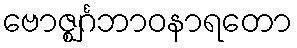
ဗောဇ္ဈင်္ဂဘာဝနာရတော